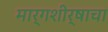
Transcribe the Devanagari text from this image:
मार्गशीर्षाचा